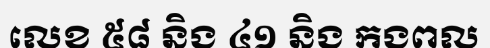
លេខ ៥៨ និង ៤១ និង កងពល